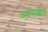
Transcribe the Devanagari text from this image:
अंतदेशीय